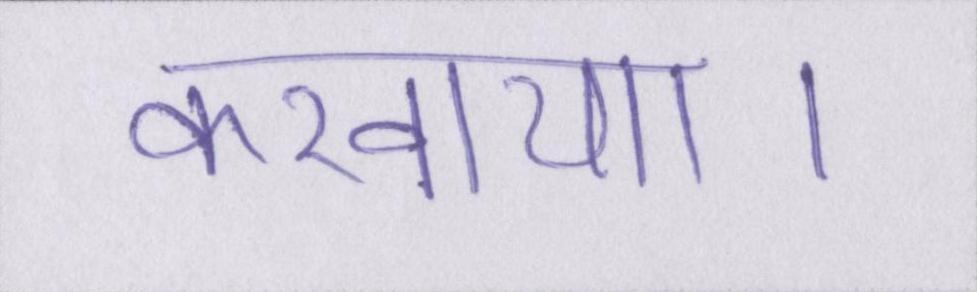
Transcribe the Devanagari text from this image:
करवाया।